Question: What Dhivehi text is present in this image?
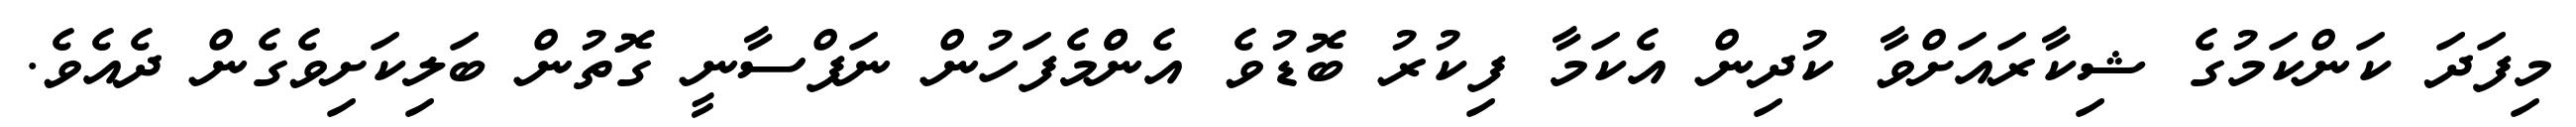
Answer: މިފަދަ ކަންކަމުގެ ޝިކާރައަށްވާ ކުދިން އެކަމާ ފިކުރު ބޮޑުވެ އެންްމެފަހުން ނަފްސާނީ ގޮތުން ބަލިކަށިވެގެން ދެއެވެ.